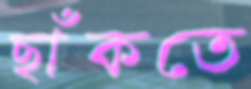
ছাঁকতে